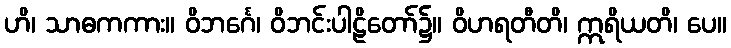
ဟိ၊ သာဓကကား။ ဝိဘင်္ဂေ၊ ဝိဘင်းပါဠိတော်၌။ ဝိဟရတီတိ၊ ဣရိယတိ၊ ပေ။